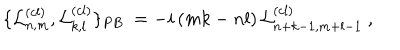
\{ { { \cal { L } } _ { n , m } ^ { ( c l ) } } , { { \cal { L } } _ { k , l } ^ { ( c l ) } } \} _ { P B } \ = - i \left( m k - n l \right) { { \cal { L } } _ { n + k - 1 , m + l - 1 } ^ { ( c l ) } } \ ,